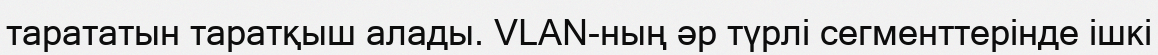
тарататын таратқыш алады. VLAN-ның әр түрлі сегменттерінде ішкі